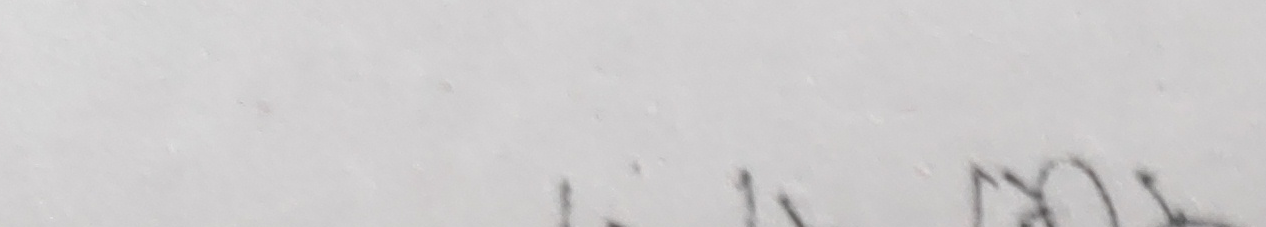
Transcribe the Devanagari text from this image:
मिकोल मोत